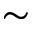
\sim